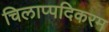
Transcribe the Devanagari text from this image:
चिलाप्पदिकरम